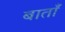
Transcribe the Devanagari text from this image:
बाताँ